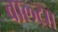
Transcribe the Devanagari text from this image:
बाल्ट्रा।